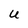
Character: U